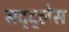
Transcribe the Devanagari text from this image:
सद्द्लेस